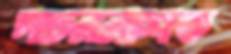
পচননাশক